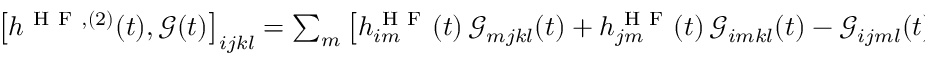
\begin{array} { r } { \left[ h ^ { \mathrm { ~ H ~ F ~ } , ( 2 ) } ( t ) , \mathcal { G } ( t ) \right] _ { i j k l } = \sum _ { m } \left[ h _ { i m } ^ { \mathrm { ~ H ~ F ~ } } ( t ) \, \mathcal { G } _ { m j k l } ( t ) + h _ { j m } ^ { \mathrm { ~ H ~ F ~ } } ( t ) \, \mathcal { G } _ { i m k l } ( t ) - \mathcal { G } _ { i j m l } ( t ) \, h _ { m k } ^ { \mathrm { ~ H ~ F ~ } } ( t ) - \mathcal { G } _ { i j k m } ( t ) \, h _ { m l } ^ { \mathrm { ~ H ~ F ~ } } ( t ) \right] , } \end{array}